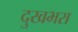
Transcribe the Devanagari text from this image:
दुखभरा